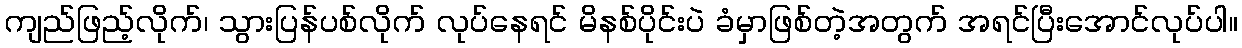
ကျည်ဖြည့်လိုက်၊ သွားပြန်ပစ်လိုက် လုပ်နေရင် မိနစ်ပိုင်းပဲ ခံမှာဖြစ်တဲ့အတွက် အရင်ပြီးအောင်လုပ်ပါ။